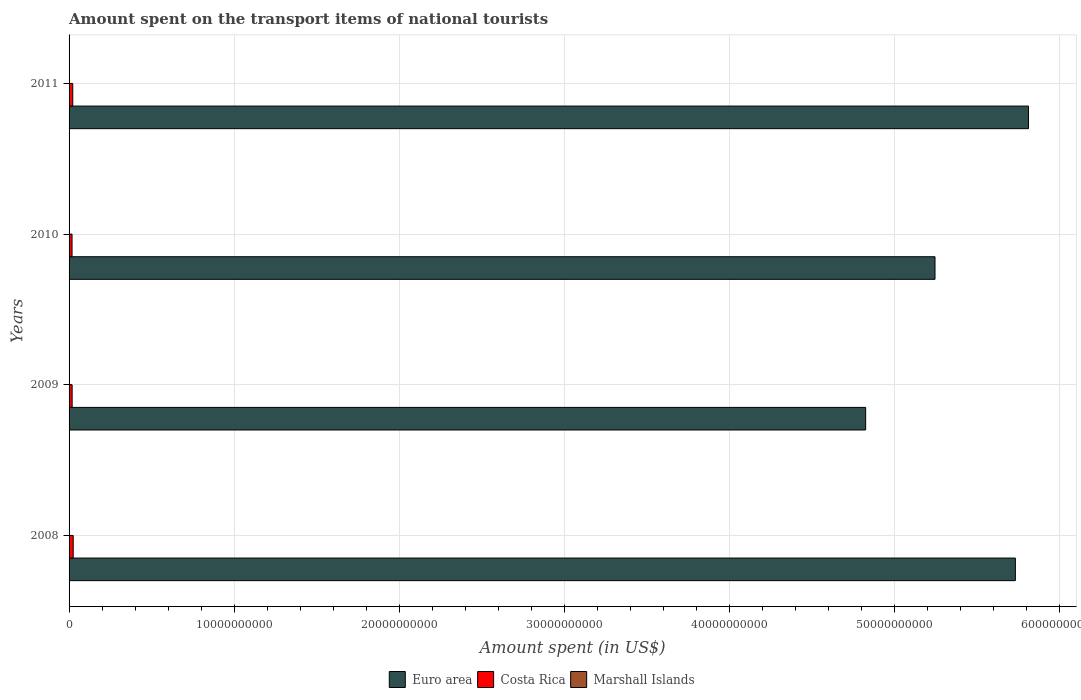
| Years | Euro area | Costa Rica | Marshall Islands |
 | --- | --- | --- | --- |
 | 2008 | 5.73e+10 | 2.5e+08 | 1.1e+05 |
 | 2009 | 4.83e+10 | 1.86e+08 | 1.8e+05 |
 | 2010 | 5.25e+10 | 1.8e+08 | 2.5e+05 |
 | 2011 | 5.81e+10 | 2.23e+08 | 2.8e+05 |